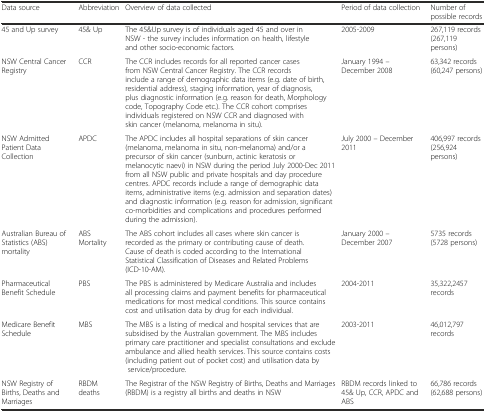
<table><thead><tr><td><b>Data source</b></td><td><b>Abbreviation</b></td><td><b>Overview of data collected</b></td><td><b>Period of data collection</b></td><td><b>Number of possible records</b></td></tr></thead><tbody><tr><td>45 and Up survey</td><td>45&amp; Up</td><td>The 45&amp;Up survey is of individuals aged 45 and over in NSW - the survey includes information on health, lifestyle and other socio-economic factors.</td><td>2005-2009</td><td>267,119 records (267,119 persons)</td></tr><tr><td>NSW Central Cancer Registry</td><td>CCR</td><td>The CCR includes records for all reported cancer cases from NSW Central Cancer Registry. The CCR records include a range of demographic data items (e.g. date of birth, residential address), staging information, year of diagnosis, plus diagnostic information (e.g. reason for death, Morphology code, Topography Code etc.). The CCR cohort comprises individuals registered on NSW CCR and diagnosed with skin cancer (melanoma, melanoma in situ).</td><td>January 1994 – December 2008</td><td>63,342 records (60,247 persons)</td></tr><tr><td>NSW Admitted Patient Data Collection</td><td>APDC</td><td>The APDC includes all hospital separations of skin cancer (melanoma, melanoma in situ, non-melanoma) and/or a precursor of skin cancer (sunburn, actinic keratosis or melanocytic naevi) in NSW during the period July 2000-Dec 2011 from all NSW public and private hospitals and day procedure centres. APDC records include a range of demographic data items, administrative items (e.g. admission and separation dates) and diagnostic information (e.g. reason for admission, significant co-morbidities and complications and procedures performed during the admission).</td><td>July 2000 – December 2011</td><td>406,997 records (256,924 persons)</td></tr><tr><td>Australian Bureau of Statistics (ABS) mortality</td><td>ABS Mortality</td><td>The ABS cohort includes all cases where skin cancer is recorded as the primary or contributing cause of death. Cause of death is coded according to the International Statistical Classification of Diseases and Related Problems (ICD-10-AM).</td><td>January 2000 – December 2007</td><td>5735 records (5728 persons)</td></tr><tr><td>Pharmaceutical Benefit Schedule</td><td>PBS</td><td>The PBS is administered by Medicare Australia and includes all processing claims and payment benefits for pharmaceutical medications for most medical conditions. This source contains cost and utilisation data by drug for each individual.</td><td>2004-2011</td><td>35,322,2457 records</td></tr><tr><td>Medicare Benefit Schedule</td><td>MBS</td><td>The MBS is a listing of medical and hospital services that are subsidised by the Australian government. The MBS includes primary care practitioner and specialist consultations and exclude ambulance and allied health services. This source contains costs (including patient out of pocket cost) and utilisation data by service/procedure.</td><td>2003-2011</td><td>46,012,797 records</td></tr><tr><td>NSW Registry of Births, Deaths and Marriages</td><td>RBDM deaths</td><td>The Registrar of the NSW Registry of Births, Deaths and Marriages (RBDM) is a registry all births and deaths in NSW</td><td>RBDM records linked to 45&amp; Up, CCR, APDC and ABS</td><td>66,786 records (62,688 persons)</td></tr></tbody></table>